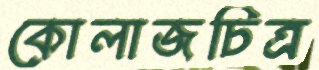
কোলাজচিত্র